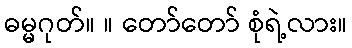
ဓမ္မဂုတ်။ ။ တော်တော် စုံရဲ့လား။